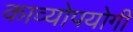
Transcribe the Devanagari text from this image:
काव्योपयोगी